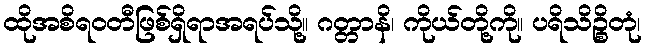
ထိုအစိရဝတီဖြစ်ရှိရာအရပ်သို့။ ဂတ္တာနိ၊ ကိုယ်တို့ကို။ ပရိသိဉ္စိတုံ၊